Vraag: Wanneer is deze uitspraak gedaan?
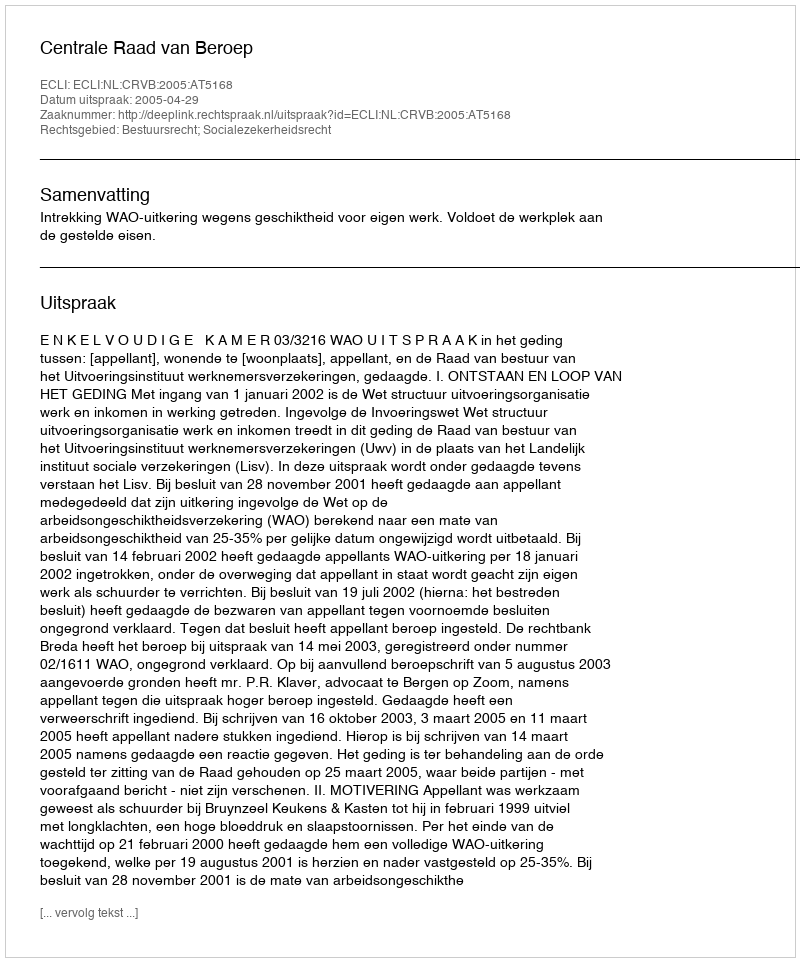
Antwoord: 2005-04-29